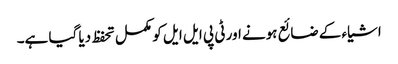
اشیاء کے ضائع ہونے اور ٹی پی ایل ایل کو مکمل تحفظ دیا گیا ہے۔